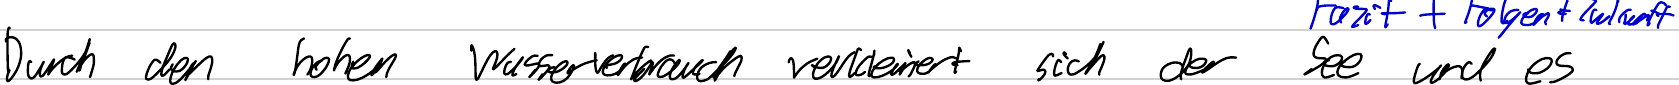
Durch den hohen Wasserverbrauch verkleinert sich der See und es